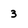
Character: 3